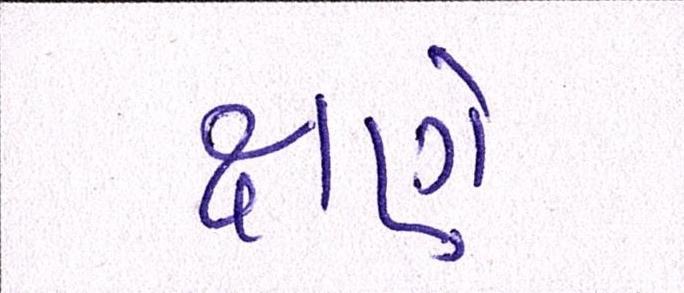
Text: ક્ષણે